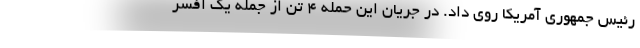
رئيس جمهوری آمریکا روی داد. در جریان این حمله ۴ تن از جمله یک افسر